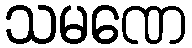
သမဏေ